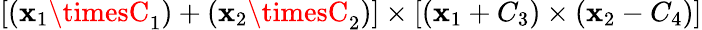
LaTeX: [(\mathbf{x}_{1}\timesC_{1})+(\mathbf{x}_{2}\timesC_{2})]\times[(\mathbf{x}_{1}+C_{3})\times(\mathbf{x}_{2}-C_{4})]